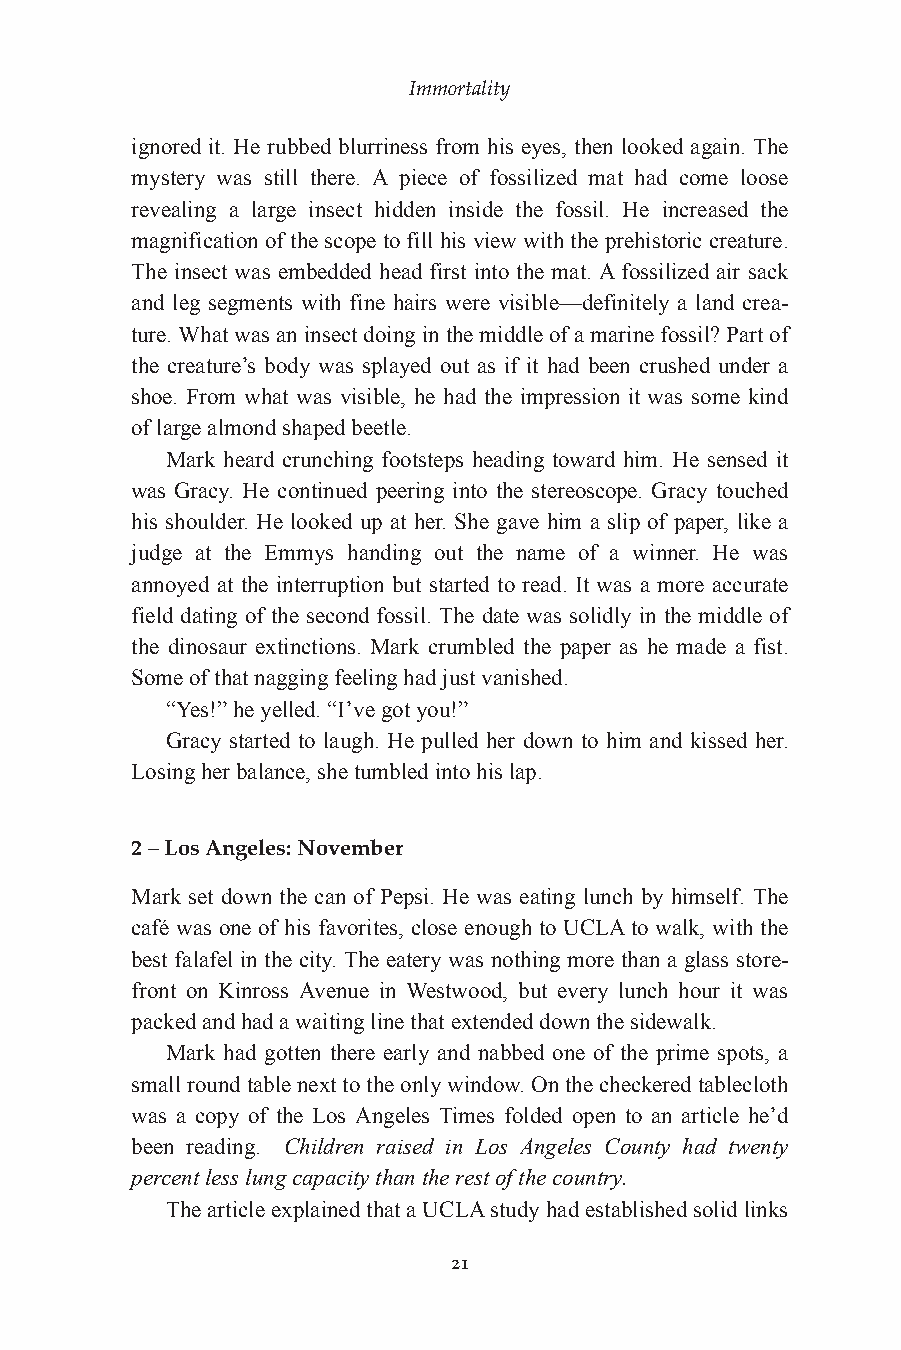
Immortality
 ignored it. He rubbed blurriness from his eyes, then looked again. The
 mystery was still there. A piece of fossilized mat had come loose
 revealing a large insect hidden inside the fossil. He increased the
 magnification of the scope to fill his view with the prehistoric creature.
 The insect was embedded head first into the mat. A fossilized air sack
 and leg segments with fine hairs were visible—definitely a land crea-
 ture. What was an insect doing in the middle of a marine fossil? Part of
 the creature’s body was splayed out as if it had been crushed under a
 shoe. From what was visible, he had the impression it was some kind
 of large almond shaped beetle.
 Mark heard crunching footsteps heading toward him. He sensed it
 was Gracy. He continued peering into the stereoscope. Gracy touched
 his shoulder. He looked up at her. She gave him a slip of paper, like a
 judge at the Emmys handing out the name of a winner. He was
 annoyed at the interruption but started to read. It was a more accurate
 field dating of the second fossil. The date was solidly in the middle of
 the dinosaur extinctions. Mark crumbled the paper as he made a fist.
 Some of that nagging feeling had just vanished.
 “Yes!” he yelled. “I’ve got you!”
 Gracy started to laugh. He pulled her down to him and kissed her.
 Losing her balance, she tumbled into hislap.
 2 – Los Angeles: November
 Mark set down the can of Pepsi. He was eating lunch by himself. The
 café was one of his favorites, close enough to UCLA to walk, with the
 best falafel in the city. The eatery was nothing more than a glass store-
 front on Kinross Avenue in Westwood, but every lunch hour it was
 packed and had a waiting line that extended down the sidewalk.
 Mark had gotten there early and nabbed one of the prime spots, a
 small round table next to the only window. On the checkered tablecloth
 was a copy of the Los Angeles Times folded open to an article he’d
 been reading. Children raised in Los Angeles County had twenty
 percent less lung capacity than the rest of the country.
 The article explained that a UCLA study had established solid links
 21